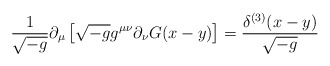
\begin{align*}{\frac {1} {\sqrt{-g}}} \partial_{\mu}\left[ \sqrt{-g} g^{\mu \nu}\partial_{\nu}G(x-y)\right] = {\frac {\delta^{(3)}(x-y)} {\sqrt{-g}}}\\\end{align*}